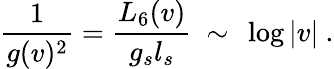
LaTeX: \frac{1}{g(v)^{2}}=\frac{L_{6}(v)}{g_{s}l_{s}}\ \sim\ \log|v|\ .